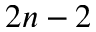
2 n - 2